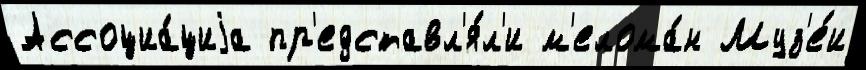
Ассоциа́циjа пр'едставл'я́л'и м'елома́н Муз'е́и